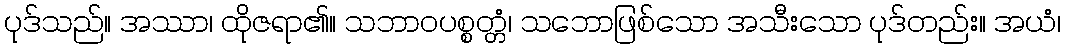
ပုဒ်သည်။ အဿာ၊ ထိုဇရာ၏။ သဘာဝပစ္စတ္တံ၊ သဘောဖြစ်သော အသီးသော ပုဒ်တည်း။ အယံ၊